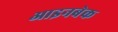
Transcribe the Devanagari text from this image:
आइनबेक